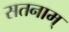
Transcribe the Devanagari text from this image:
सतनाम्